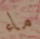
ماء